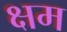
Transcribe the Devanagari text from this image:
क्षम